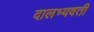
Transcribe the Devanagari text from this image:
दालभ्यवती